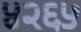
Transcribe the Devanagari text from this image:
४२६५